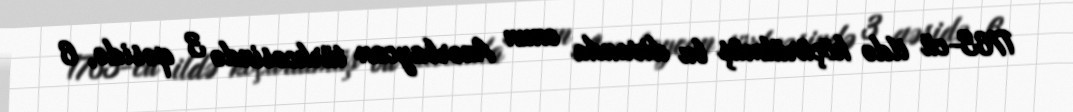
1763-cü ildə köçürülmüş bu divanda onun Azərbaycan türkcəsində 3 qəsidə, 6